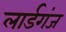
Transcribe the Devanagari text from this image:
लार्डगंज